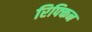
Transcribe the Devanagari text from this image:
रिफ्किन